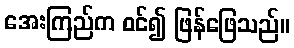
အေးကြည်က ဝင်၍ ဖြန်ဖြေသည်။